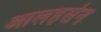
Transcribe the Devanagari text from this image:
आलहसेन